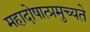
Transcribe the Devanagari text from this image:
महादोषात्प्रमुच्यते